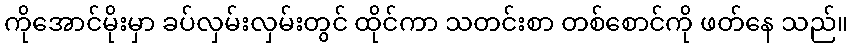
ကိုအောင်မိုးမှာ ခပ်လှမ်းလှမ်းတွင် ထိုင်ကာ သတင်းစာ တစ်စောင်ကို ဖတ်နေ သည်။